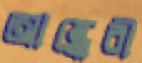
আন্ধেরী